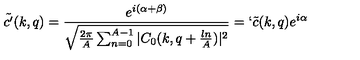
\tilde { c ^ { \prime } } ( k , q ) = \frac { e ^ { i ( \alpha + \beta ) } } { \sqrt { \frac { 2 \pi } { A } \sum _ { n = 0 } ^ { A - 1 } | C _ { 0 } ( k , q + \frac { l n } { A } ) | ^ { 2 } } } = ` \tilde { c } ( k , q ) e ^ { i \alpha }